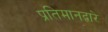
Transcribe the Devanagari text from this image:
प्रतिमानद्वारे